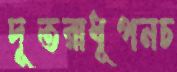
দূতরাধূপনচ